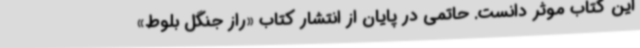
این کتاب موثر دانست. حاتمی در پایان از انتشار کتاب «راز جنگل بلوط»